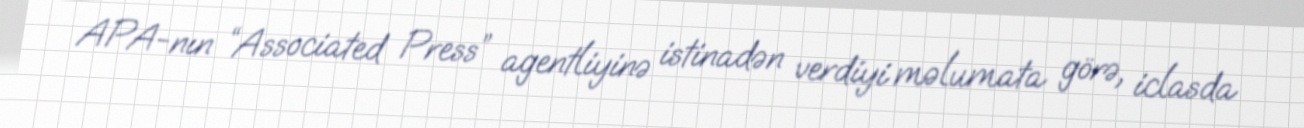
APA-nın “Associated Press” agentliyinə istinadən verdiyi məlumata görə, iclasda